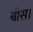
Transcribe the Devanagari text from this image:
बीस।